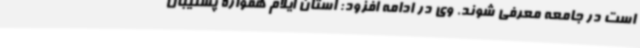
است در جامعه معرفی شوند. وی در ادامه افزود: استان ایلام همواره پشتیبان